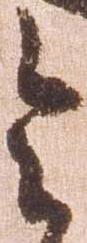
令